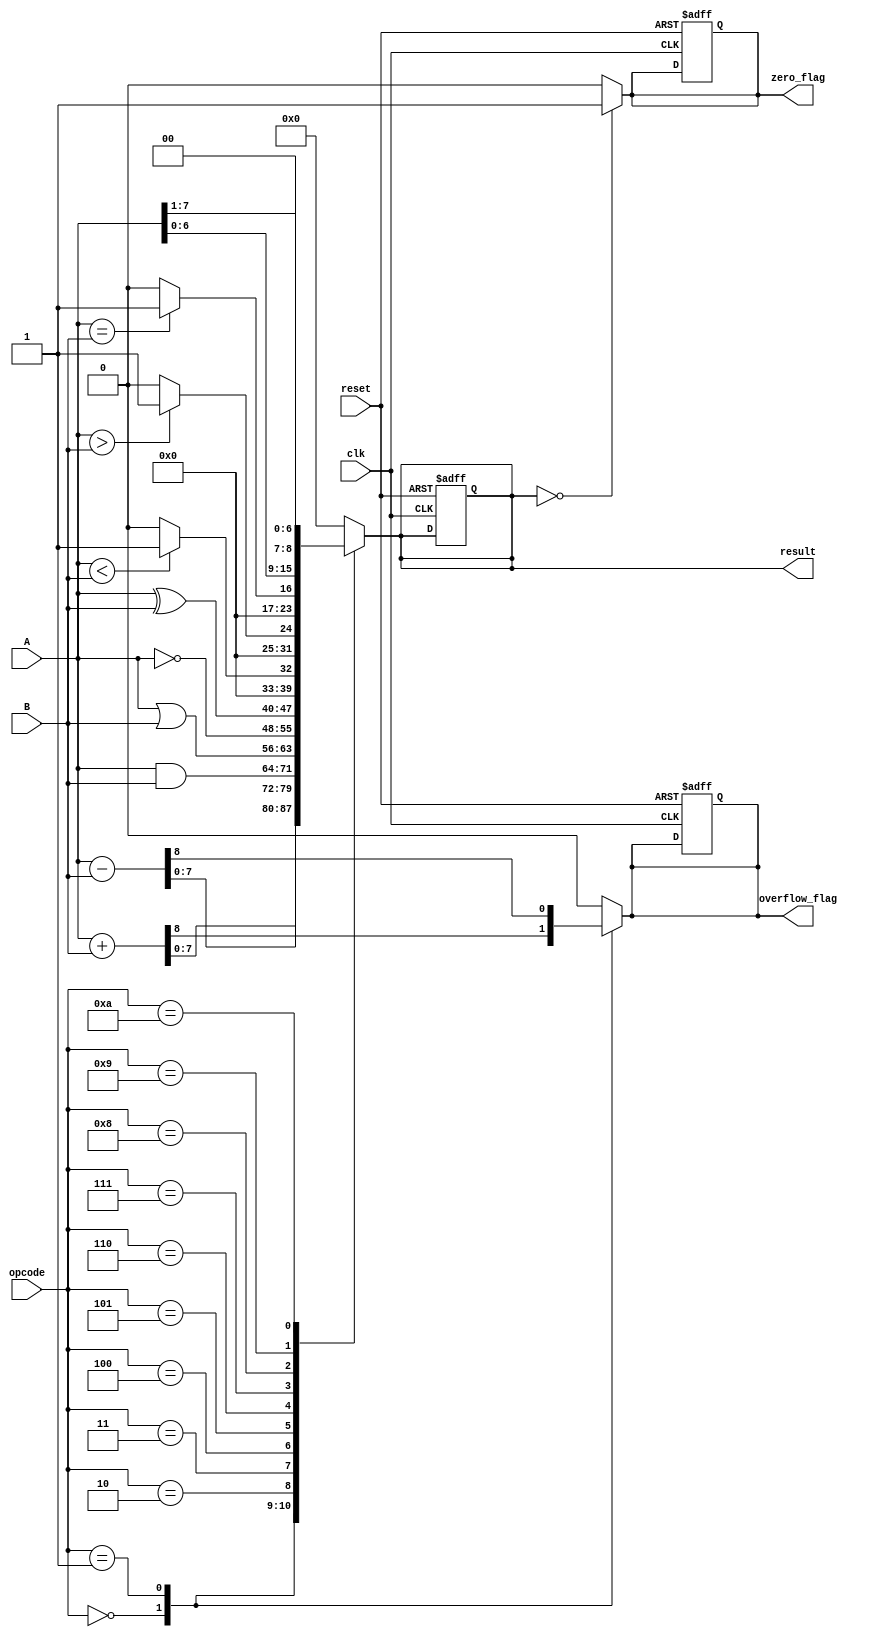
module ParameterizedALU #(parameter WIDTH = 8) (
    input  wire [WIDTH-1:0] A,         // Input operand 1
    input  wire [WIDTH-1:0] B,         // Input operand 2
    input  wire [3:0] opcode,           // Operation code
    input  wire clk,                    // Clock signal
    input  wire reset,                  // Asynchronous reset
    output reg [WIDTH-1:0] result,      // Result of the operation
    output reg zero_flag,               // Zero flag
    output reg overflow_flag             // Overflow flag
);

    // Operation codes
    localparam ADD        = 4'b0000;
    localparam SUB        = 4'b0001;
    localparam AND        = 4'b0010;
    localparam OR         = 4'b0011;
    localparam NOT        = 4'b0100;
    localparam XOR        = 4'b0101;
    localparam LT         = 4'b0110;  // Less than
    localparam GT         = 4'b0111;  // Greater than
    localparam EQ         = 4'b1000;  // Equal to
    localparam LSHIFT     = 4'b1001;  // Left shift
    localparam RSHIFT     = 4'b1010;  // Right shift

    // Combinational logic for ALU operations
    always @(*) begin
        // Default values
        result = 0;
        zero_flag = 0;
        overflow_flag = 0;

        case (opcode)
            ADD: begin
                {overflow_flag, result} = A + B; // Capture overflow
            end
            SUB: begin
                {overflow_flag, result} = A - B; // Capture overflow
            end
            AND: begin
                result = A & B;
            end
            OR: begin
                result = A | B;
            end
            NOT: begin
                result = ~A; // NOT operation on A
            end
            XOR: begin
                result = A ^ B;
            end
            LT: begin
                result = (A < B) ? 1 : 0; // Set result to 1 if A < B
            end
            GT: begin
                result = (A > B) ? 1 : 0; // Set result to 1 if A > B
            end
            EQ: begin
                result = (A == B) ? 1 : 0; // Set result to 1 if A == B
            end
            LSHIFT: begin
                result = A << 1; // Left shift A by 1
            end
            RSHIFT: begin
                result = A >> 1; // Right shift A by 1
            end
            default: begin
                result = 0; // Default case
            end
        endcase

        // Update zero flag
        if (result == 0) begin
            zero_flag = 1;
        end else begin
            zero_flag = 0;
        end
    end

    // Synchronous logic for output update
    always @(posedge clk or posedge reset) begin
        if (reset) begin
            result <= 0;
            zero_flag <= 0;
            overflow_flag <= 0;
        end else begin
            // The result and flags are updated in combinational logic
            // No need to do anything here as they are already updated
        end
    end

endmodule